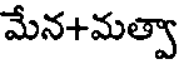
మేన+మత్వా